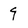
Character: 9